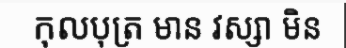
កុលបុត្រ មាន វស្សា មិន